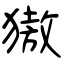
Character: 獓